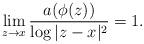
LaTeX: \begin{align*} \lim_{z\to x} \frac{a(\phi(z))}{\log|z-x|^2} =1.\end{align*}